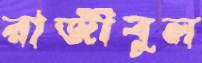
রাজীবুল